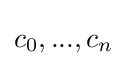
{\textstyle c_{0},...,c_{n}}